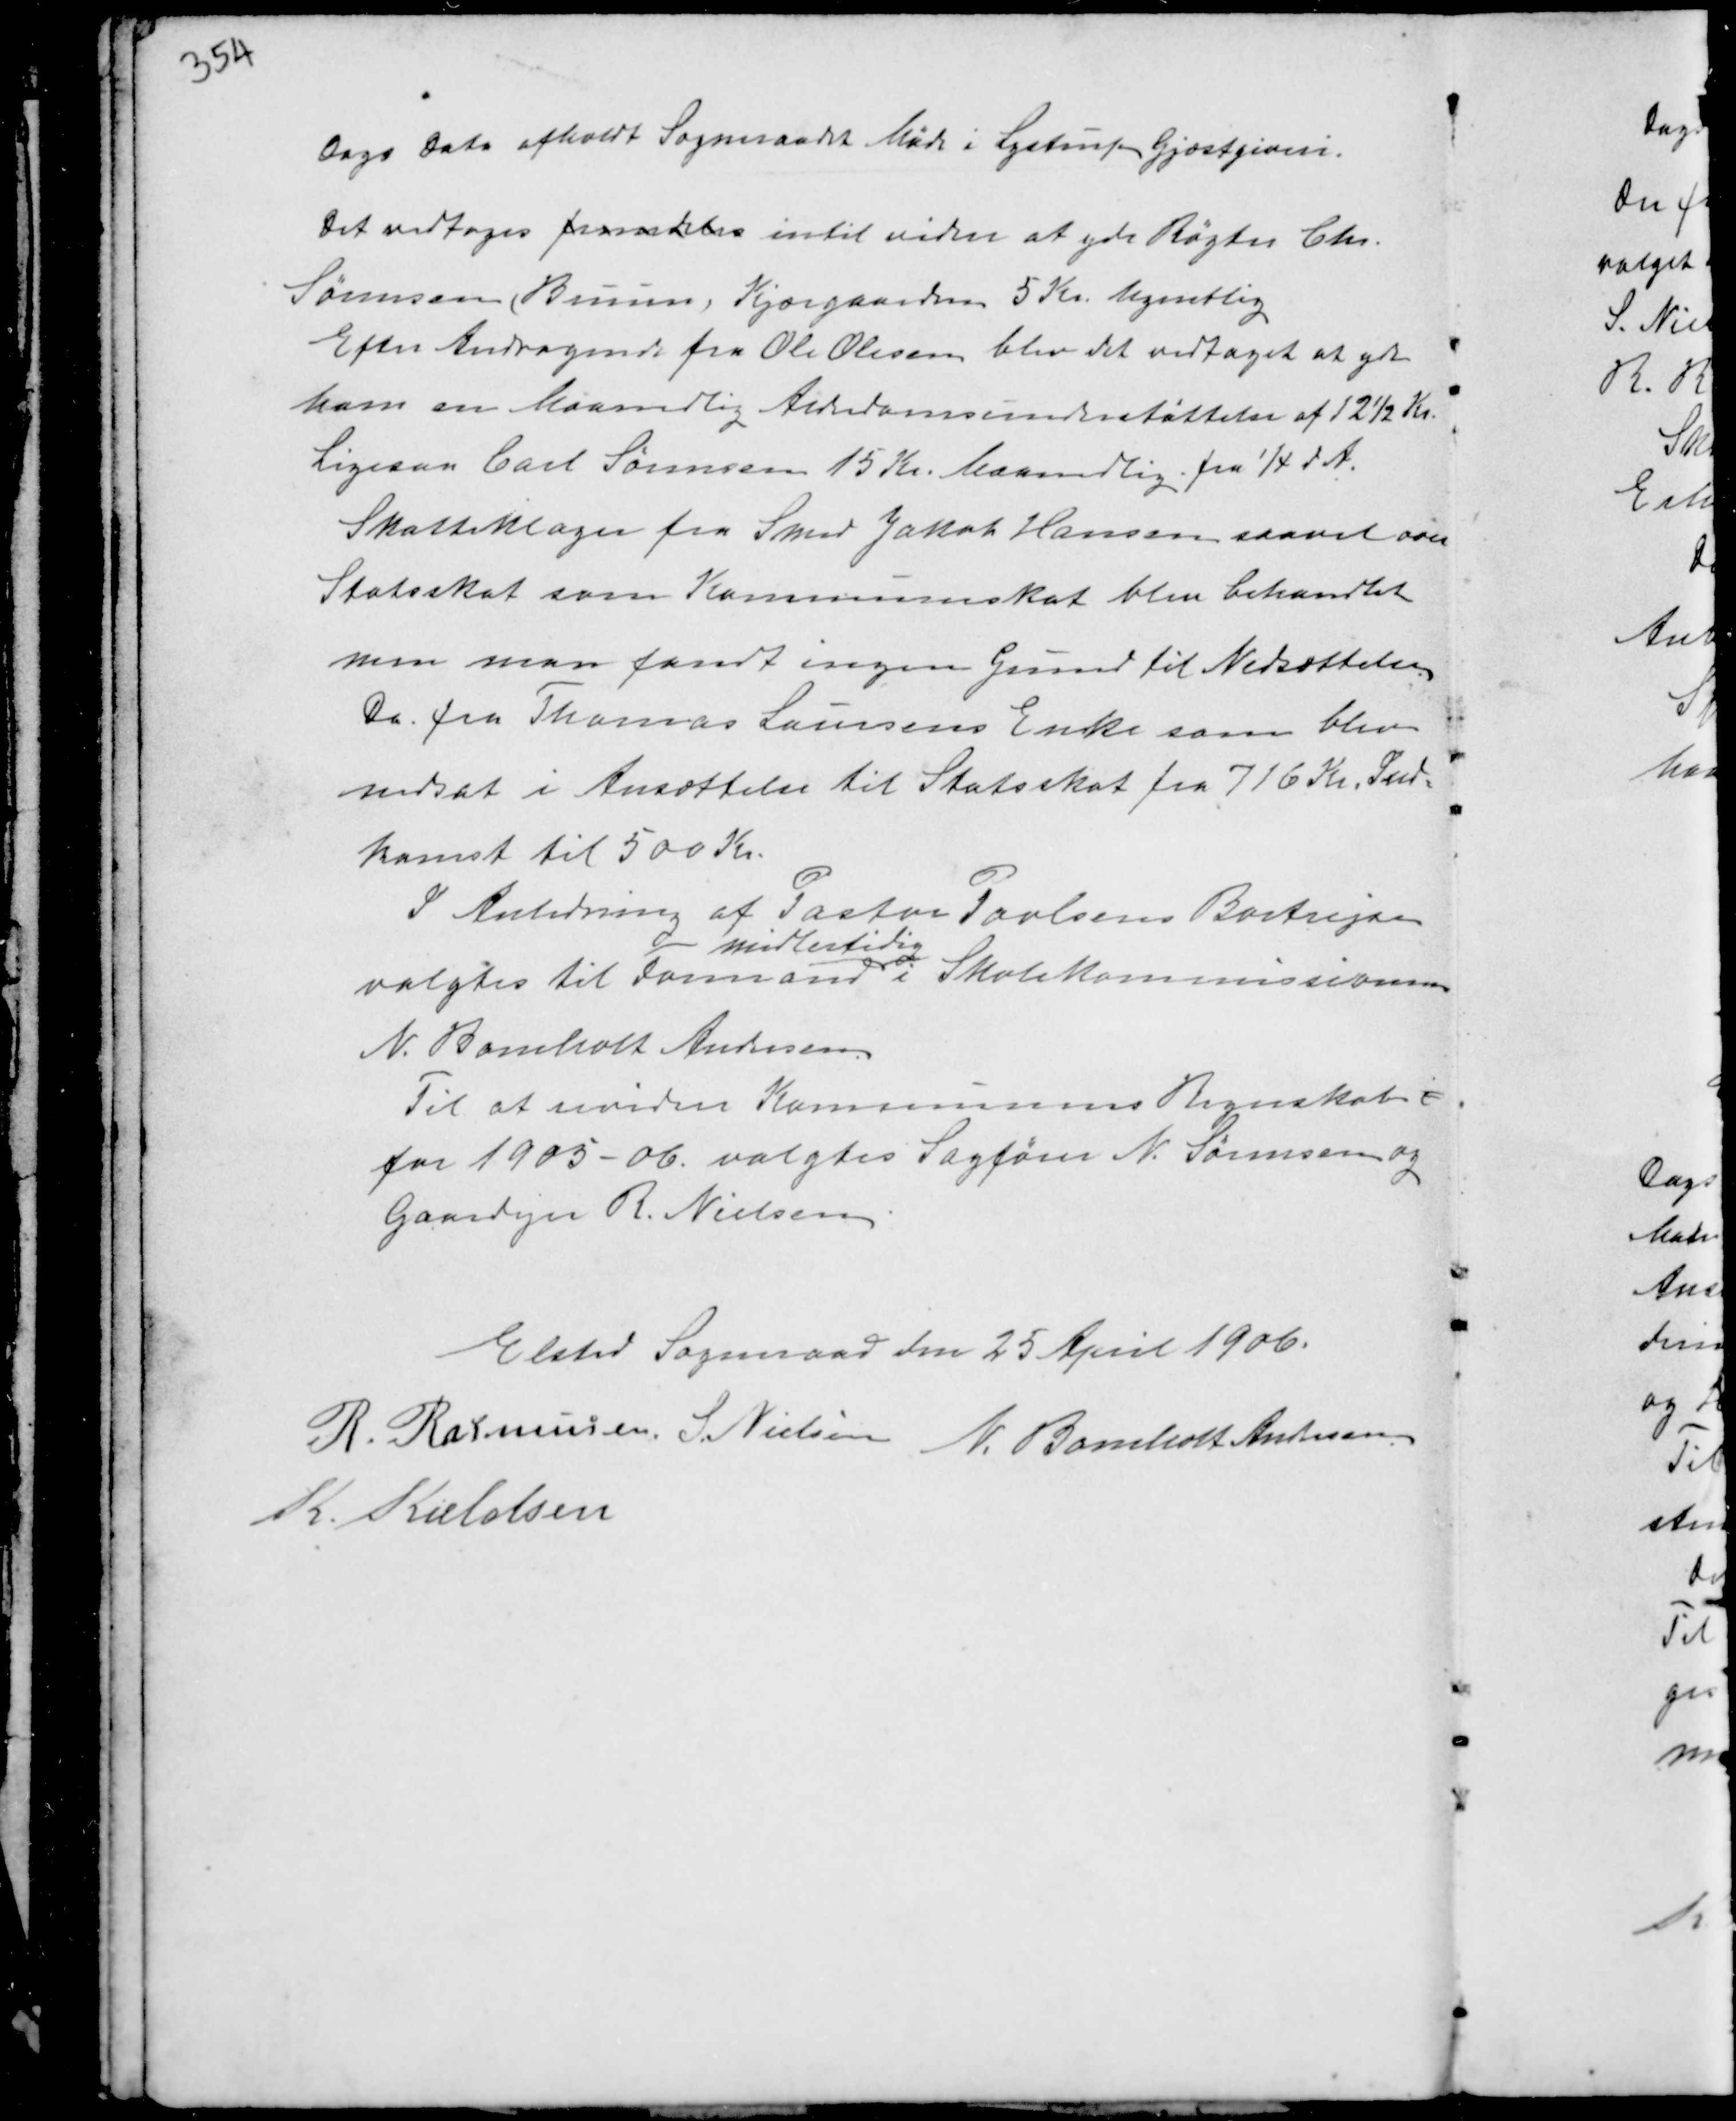
Transskription:
Dags Dato afholdt Sogneraadet Møde i Lystrup Gjæstgiveri.
Det vedtoges fremdeles intil videre at yde Røgter Chr.
Sørensen, Bruun, Kjærgaarden 5 Kr. Ugentlig.
Efter Andragende fra Ole Olesen blev det vedtaget at yde
ham en Maanedlig Alderdomsunderstøttelse af 12½ Kr.
Ligesaa Carl Sørensen 15 Kr. Maanedlig fra 1/4 d.A.
Skatteklager fra Smed Jakob Hansen saavel over
Statsskat som Kommuneskat blev behandlet
men man fandt ingen Grund til Nedsættelse.
Do fra Thomas Laursens Enke som blev
nedsat i Ansættelse til Statsskat fra 716 Kr. Ind-
komst til 500 Kr.
I Anledning af Pastor Povlsens Bortrejse
valgtes til Formand
midlertidig
i Skolekommissionen
N. Bomholt Andersen
Til at revidere Kommunens Regnskab
for 1905-06 valgtes Sagfører N. Sørensen og
Gaardejer R. Nielsen.

Elsted Sogneraad den 25 April 1906.
R. Rasmussen S. Nielsen N. Bomholt Andersen
K. Kieldsen